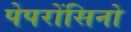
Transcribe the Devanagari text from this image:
पेपरोंसिनो